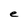
Character: e